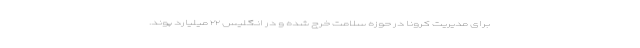
برای مدیریت کرونا در حوزه سلامت خرج شده و در انگلیس ۲۲ میلیارد پوند.